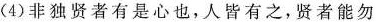
(4)非独贤者有是心也，人皆有之，贤者能勿